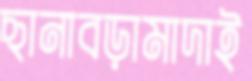
ছানাবড়ামাদাই